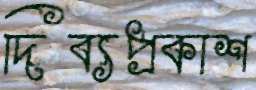
দিব্যপ্রকাশ